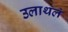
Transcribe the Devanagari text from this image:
उलाथलं